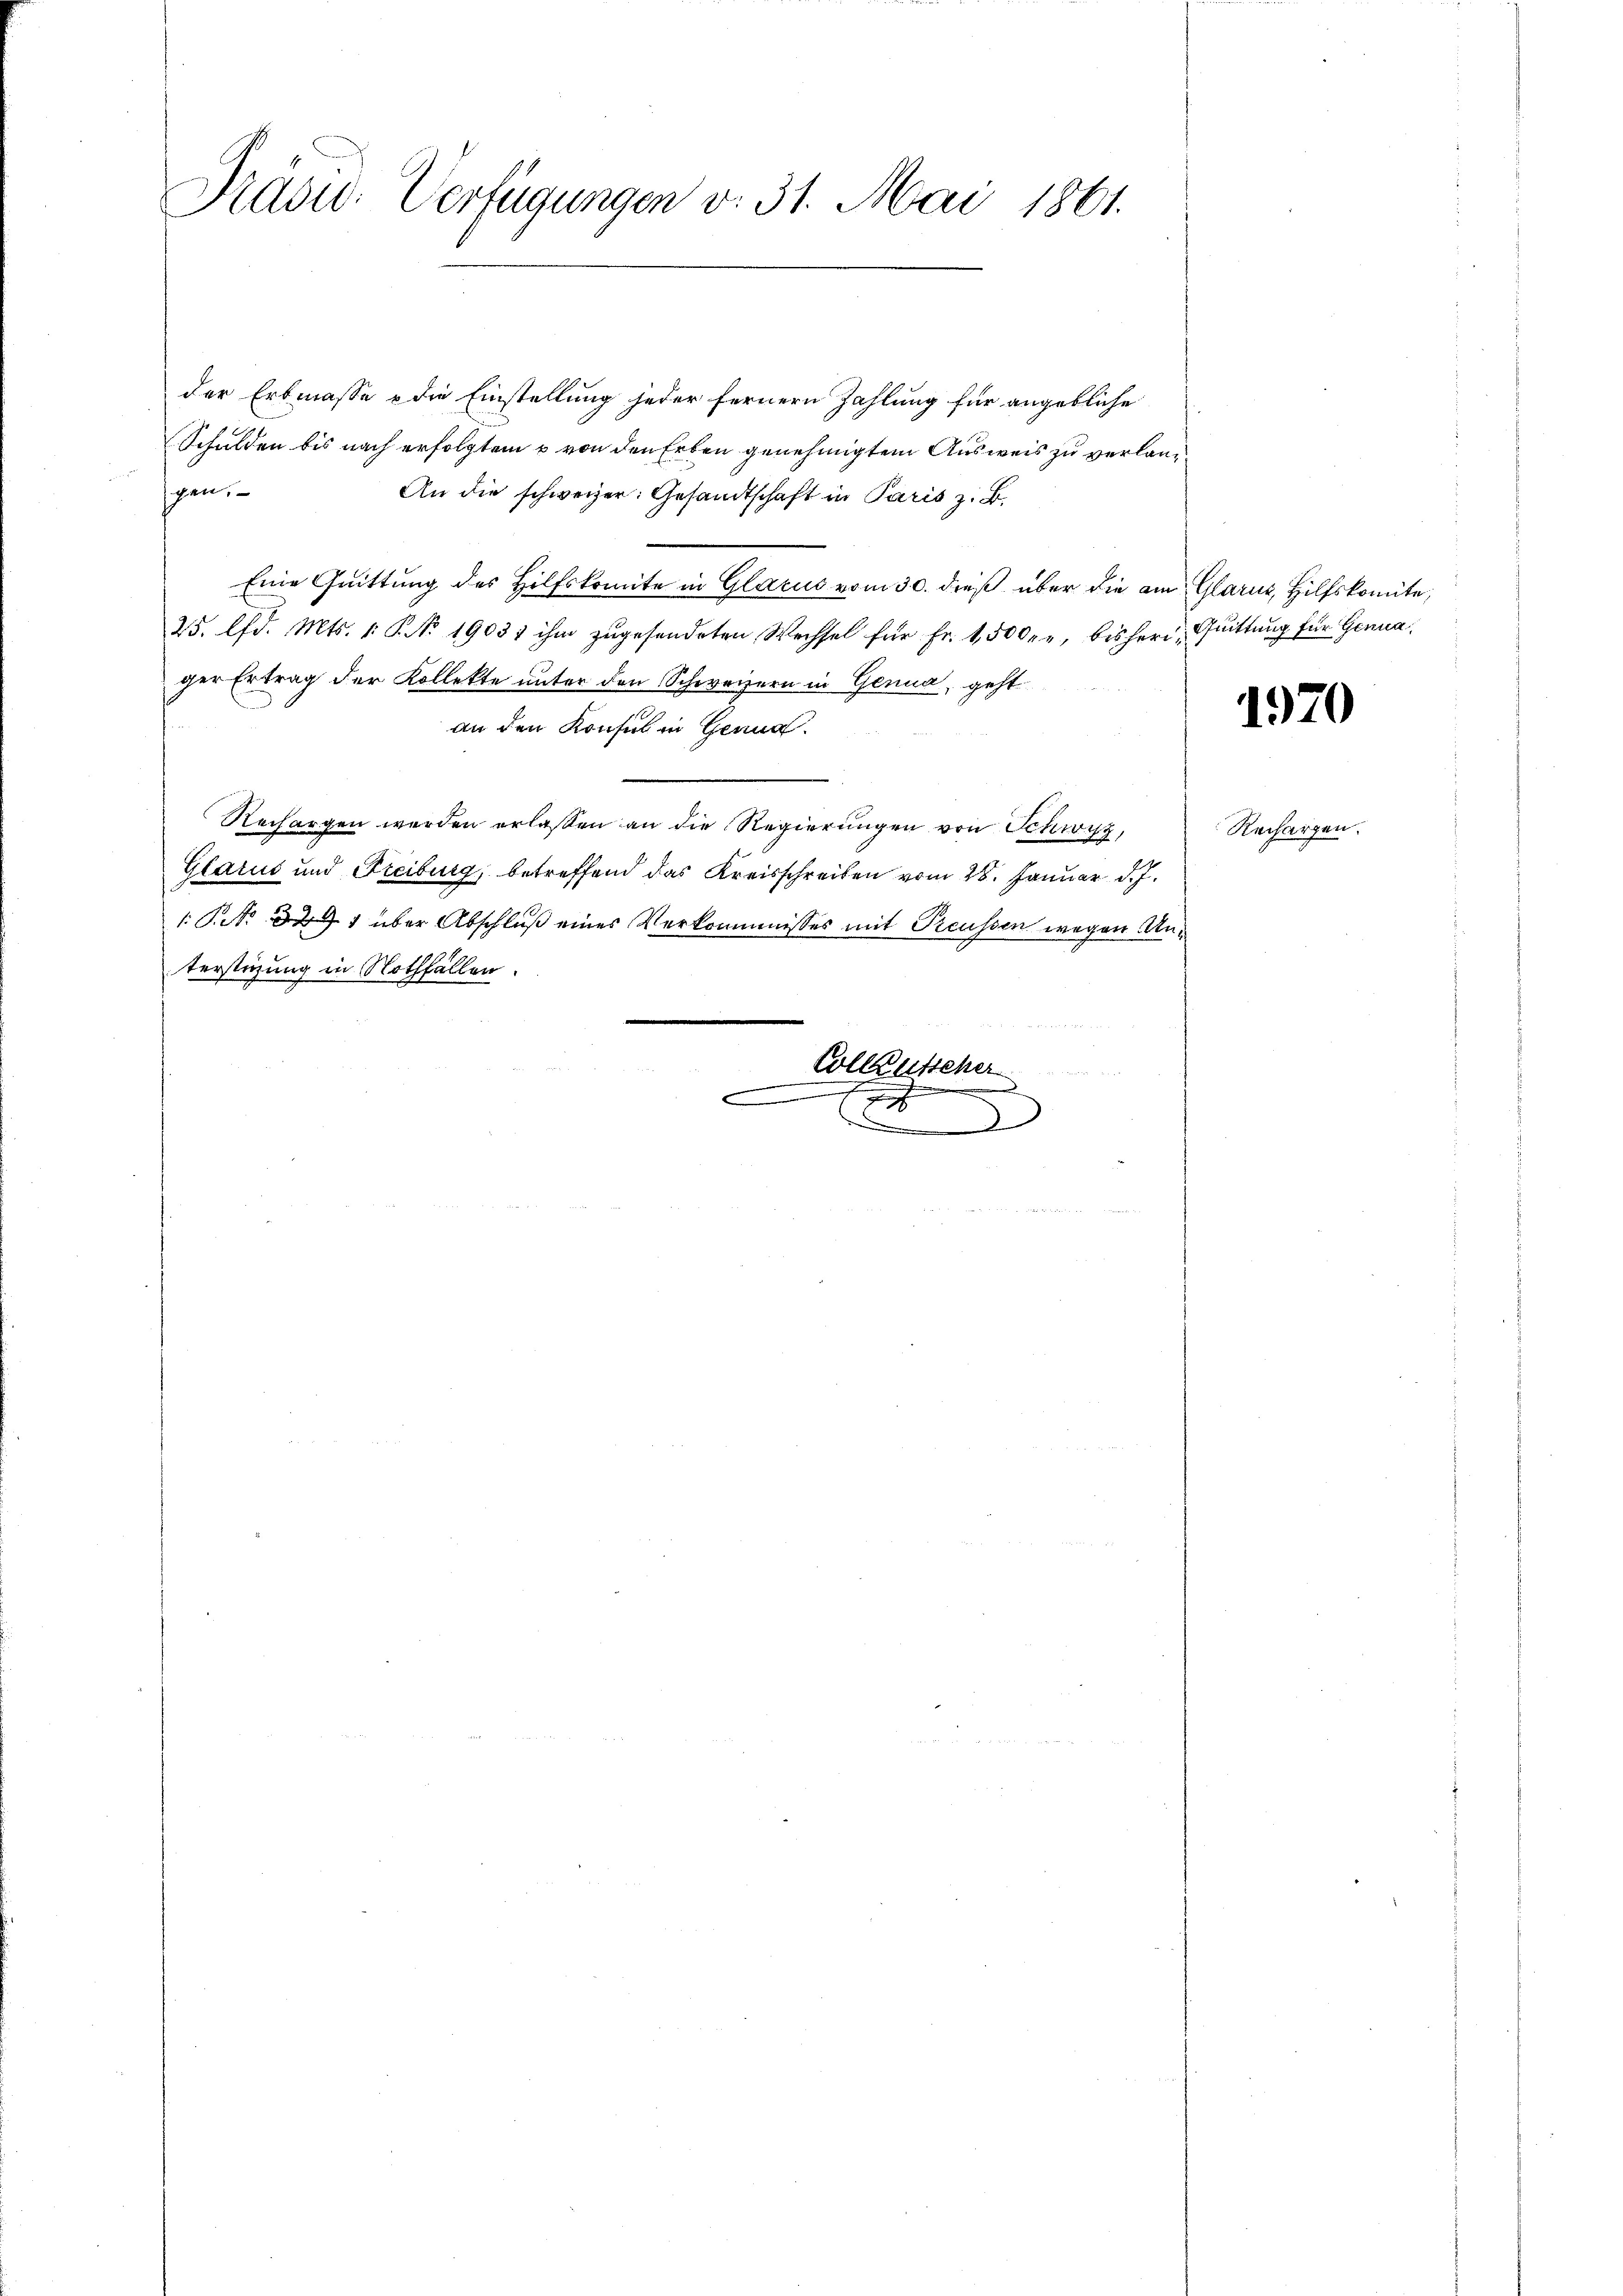
Präsid. Verfügungen v. 31. Mai 1861.

der Erbmasse & die Einstellung jeder fernern Zahlung für angebliche
Schulden bis nach erfolgtem u von den Erben genehmigten Ausweis zu verlangen.
An die schweizer. Gesandtschaft in Paris z. B.
—
Eine Quittung des Hilfskomite in Glarus vom 30. dieß über die am Glarus, Hilfskomite,
25. d. Mts. 1. P. No 19031 ihm zŭgesendeten Wechsel für Fr. 1,500 re, bisheri, Quittung für Genua
ger Ertrag der Kollekte unter den Schweizern in Genua, geht
an den Konsul in Genua
Rechargen werden erlassen an die Regierungen von Schwyz,
Glarus und Freiburg, betreffend das Kreisschreiben vom 28. Januar d. J.
1 No 294 über Abschluß eines Verkommnisses mit Preussen wegen Anterstüzung in Nothfällen.
.

Collentscher
—
.
e

d

1970

Rechargen.